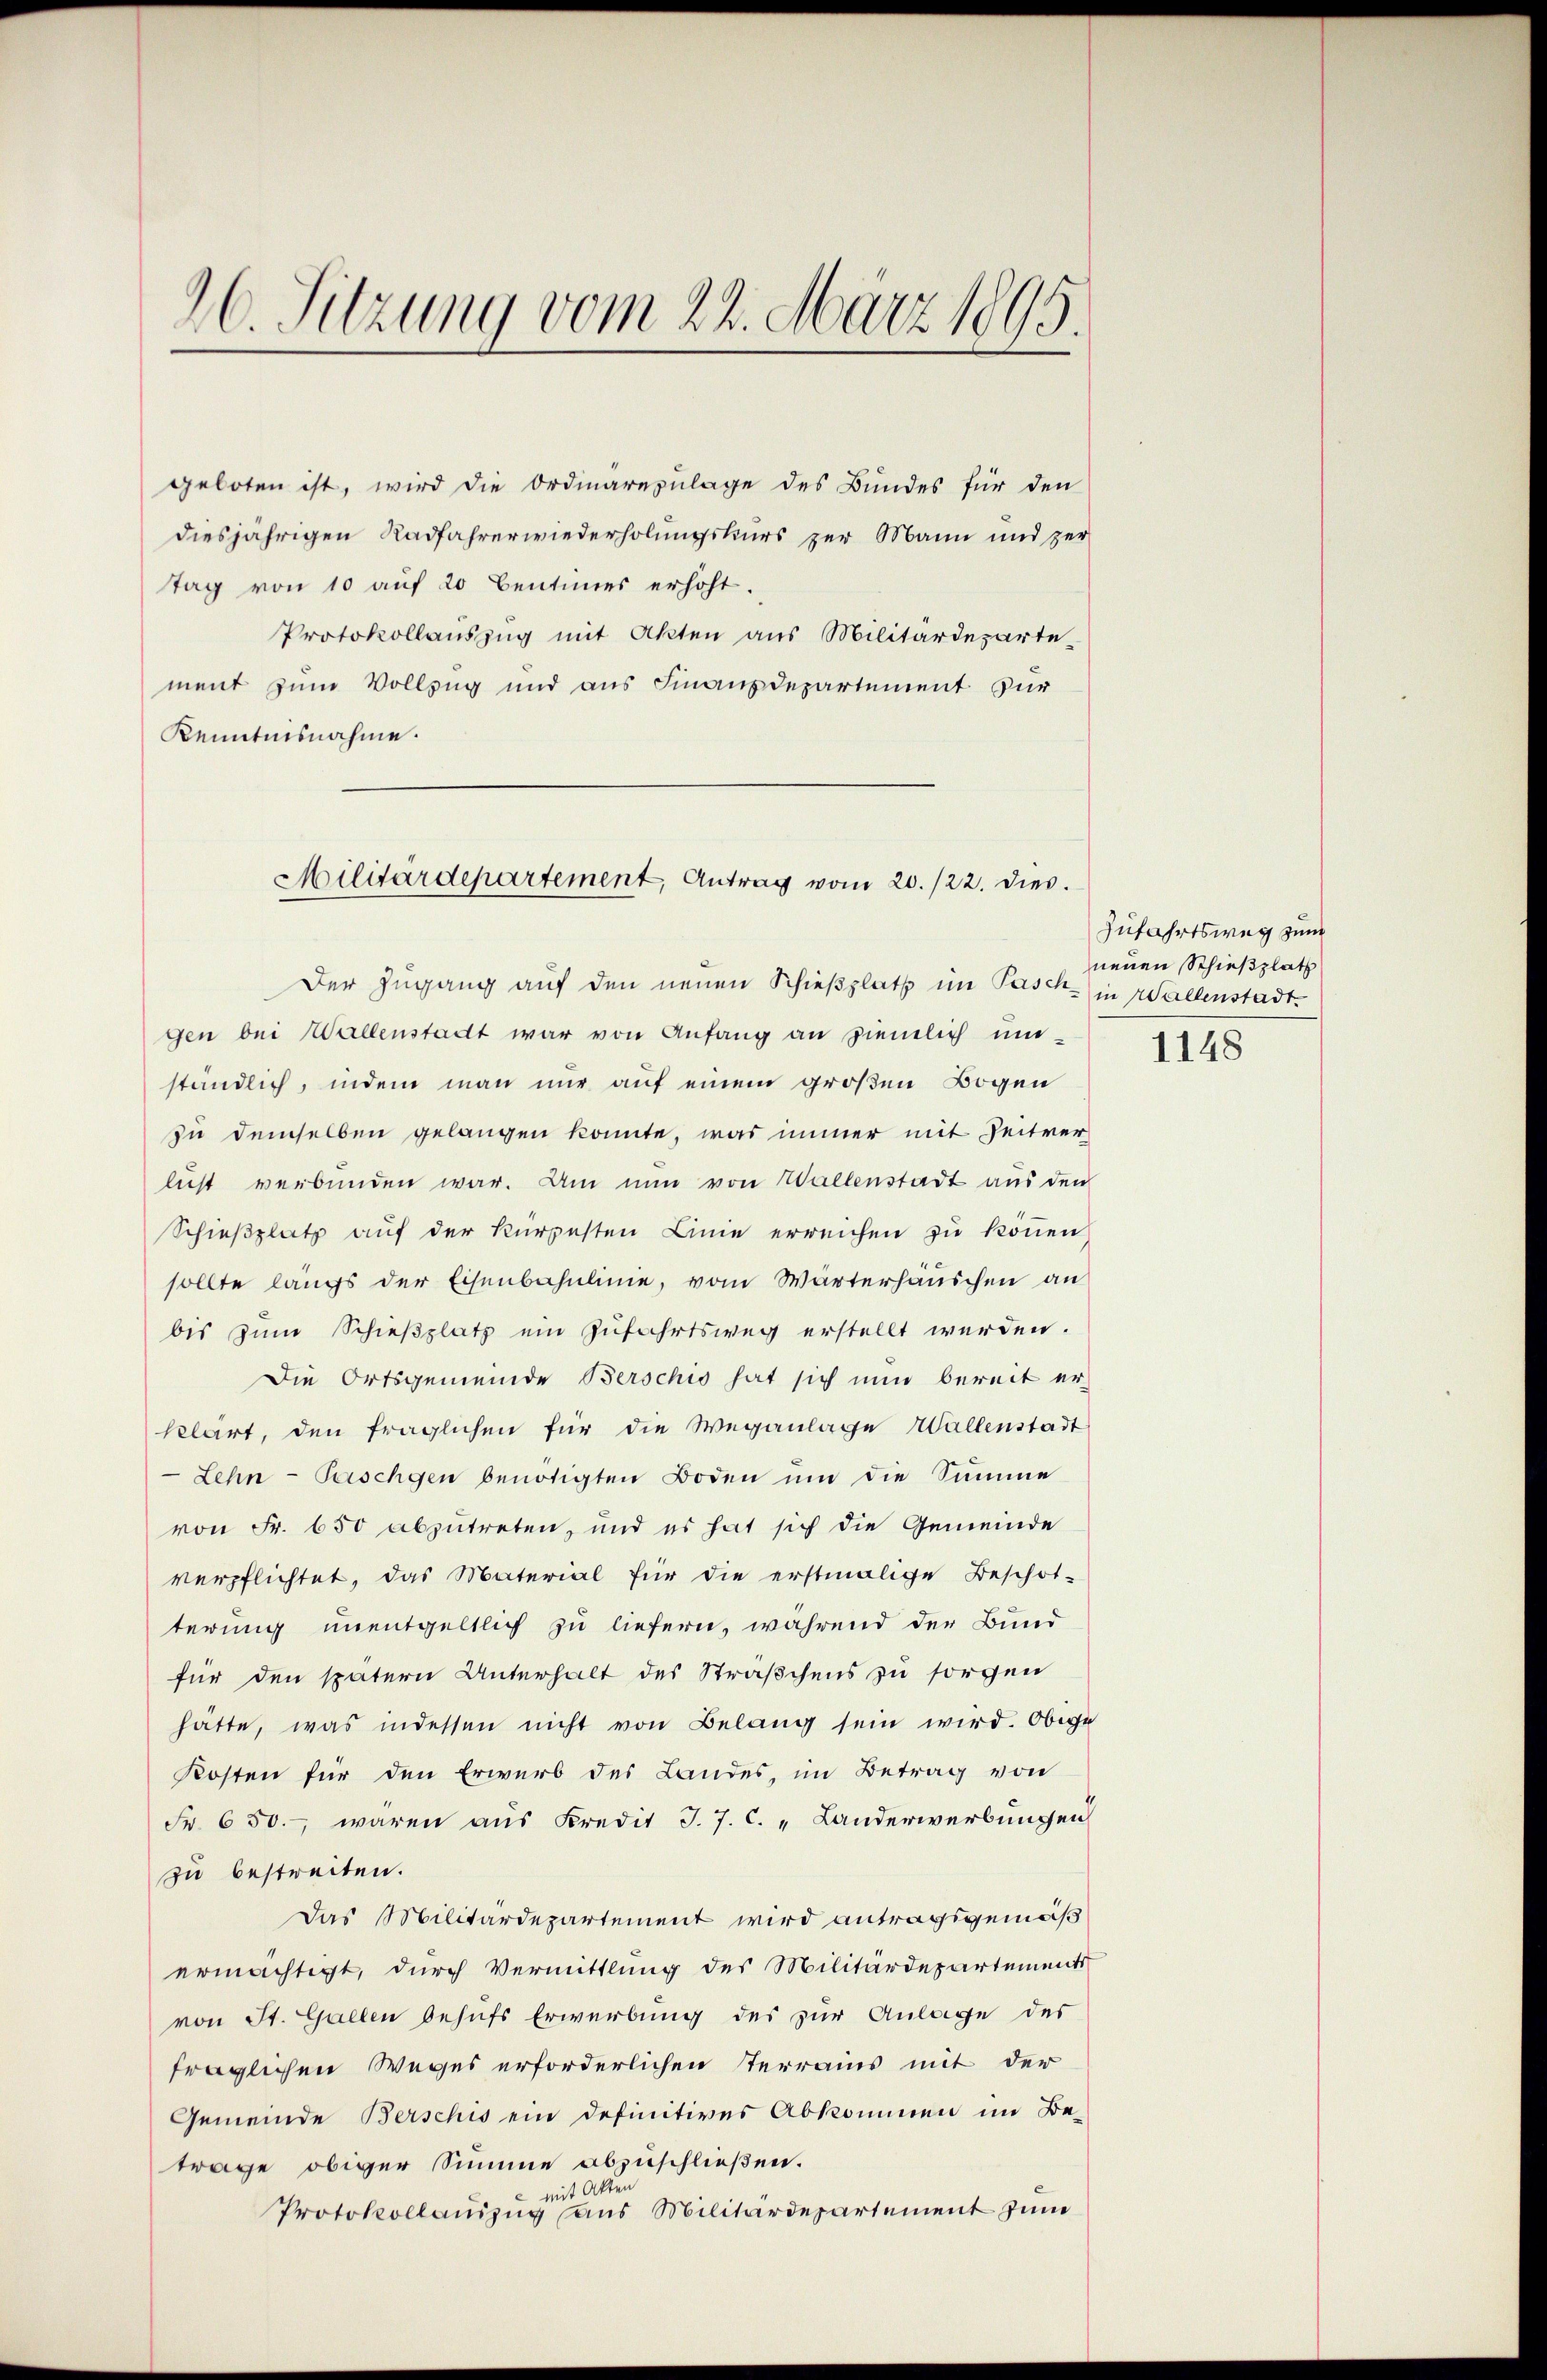
26. Sitzung vom 22. März 1895.

geboten ist, wird die Ordinarezulage des Bundes für den
diesjährigen Radfahrerwiederholungskurs zur Mann und zer
tag von 10 auf 20 Centimes erhöht.
Protokollauszug mit Akten aus Militärdeparte-
ment zum Vollzug und aus Finanzdepartement für
Kenntnisnahme.

Militärdepartement, Antrag vom 20./22. dies

gen bei Wallenstadt war von Anfang an ziemlich um-
ständlich, indem man nur auf einem großen Bogen
zu demselben gelangen konnte, was immer mit Zeitver-
lust verbunden war. Um nun von Wallenstadt aus den
Schieβplatz aŭf der kürzesten Linie erreichen zŭ können
sollte langs der Eisenbahnlinie, vom Wärterhäuschen an
bis zŭm Schieβplatz ein Zŭfahrtsweg erstellt werden.
Die Ortsgemeinde Berschio hat sich nun bereit er-
klärt, den fraglichen für die Weganlage Wallenstadt
Lehn- Paschgen benötigten Boden um die Summe
von Fr. 650 abzutreten, und es hat sich die Gemeinde
verpflichtet, das Material für die erstmalige Beschot-
terung unentgeltlich zu liefern, während der Bund
für den spätern Unterhalt des Sträßchens zu sorgen
hätte, was indessen nicht von Belang sein wird. Obere
Kosten für den Erwerb des Landes, im Betrag von
Fr. 650.- wären aus Kredit J. J. C. „Landerwerbungen
zu bestreiten.
Das Militärdepartement wird antragsgemäß
ermächtigt, durch Vermittlung des Militärdepartements
von St. Gallen behufs Erwerbung des zur Anlage des
fraglichen Weges erforderlichen Terrains mit der
Gemeinde Berschis ein definitives Abkommen im Betrage obiger Summe abzuschließen.
mit Akten
Protokollauszug aus Militärdepartement zum

Der Zugang auf den neuen Schieβplatt im Pasch - in Wallenstadt¬

Zufahrtsweg zum
neuen Schießplatz

1148